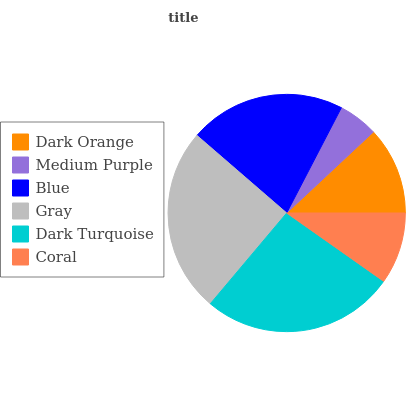
| Dark Orange | Medium Purple | Blue | Gray | Dark Turquoise | Coral |
 | --- | --- | --- | --- | --- | --- |
 | 12% | 5.41% | 21.3% | 25.1% | 26.4% | 9.77% |